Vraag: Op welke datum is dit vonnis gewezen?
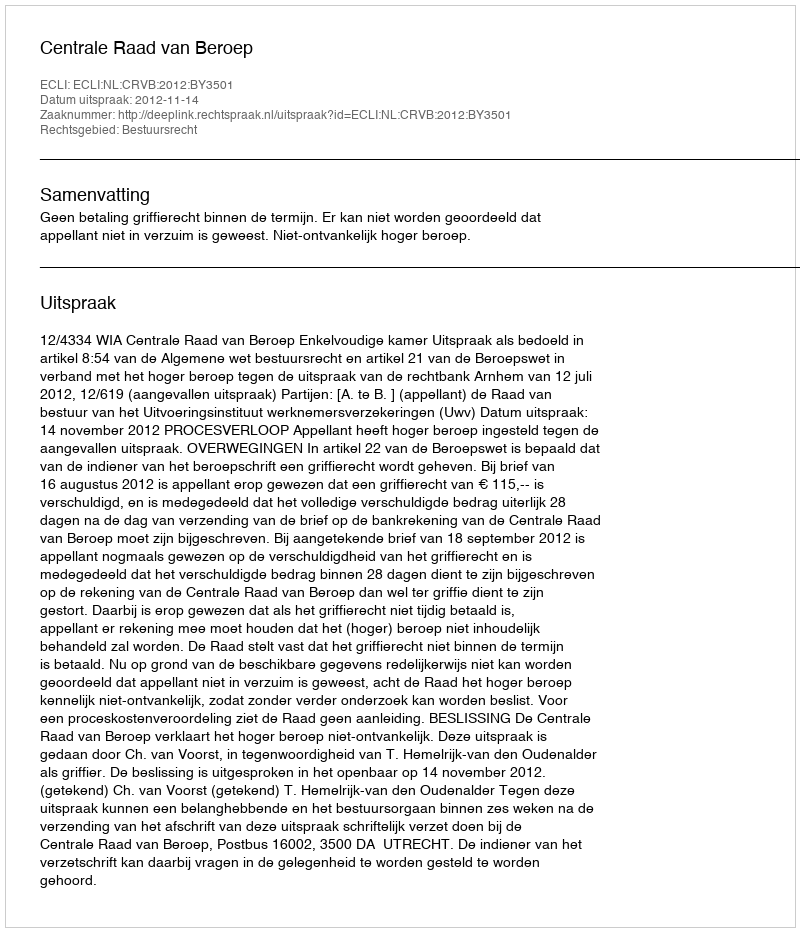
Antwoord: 2012-11-14